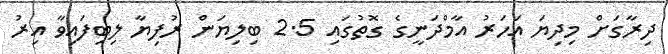
ދިރާގަށް މިދިޔަ އަހަރު އާމްދަނީގެ ގޮތުގައި 2.5 ބިލިޔަން ރުފިޔާ ލިބިފައިވާ އިރު